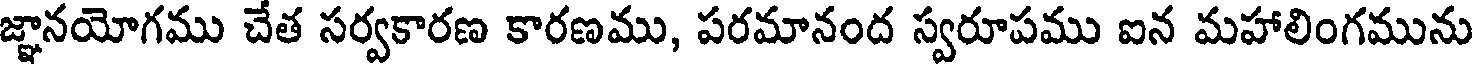
జ్ఞానయోగము చేత సర్వకారణ కారణము, పరమానంద స్వరూపము ఐన మహాలింగమును